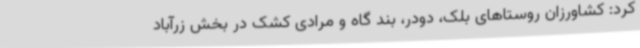
کرد: کشاورزان روستاهای بلک، دودر، بند گاه و مرادی کشک در بخش زرآباد